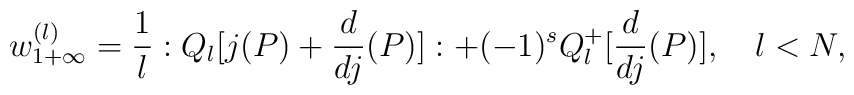
w_{1+\infty}^{(l)}= \frac{1}{l}:Q_{l}[j(P)+\frac{d}{dj}(P)]:+(-1)^{s}Q_{l}^{+}[\frac{d}{dj}(P)],\quad l<N,